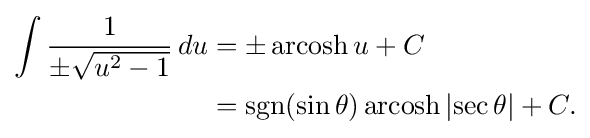
{\begin{aligned}\int {\frac {1}{\pm {\sqrt {u^{2}-1}}}}\,du&=\pm \operatorname {arcosh} u+C\\&=\operatorname {sgn}(\sin \theta )\operatorname {arcosh} \left|\sec \theta \right|+C.\end{aligned}}